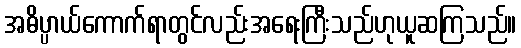
အဓိပ္ပာယ်ကောက်ရာတွင်လည်းအရေးကြီးသည်ဟုယူဆကြသည်။